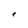
Character: e